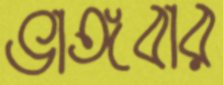
ভাঙ্গবার